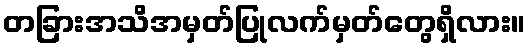
တခြားအသိအမှတ်ပြုလက်မှတ်တွေရှိလား။